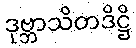
ဒုဗ္ဘာသိတဒိဋ္ဌိ